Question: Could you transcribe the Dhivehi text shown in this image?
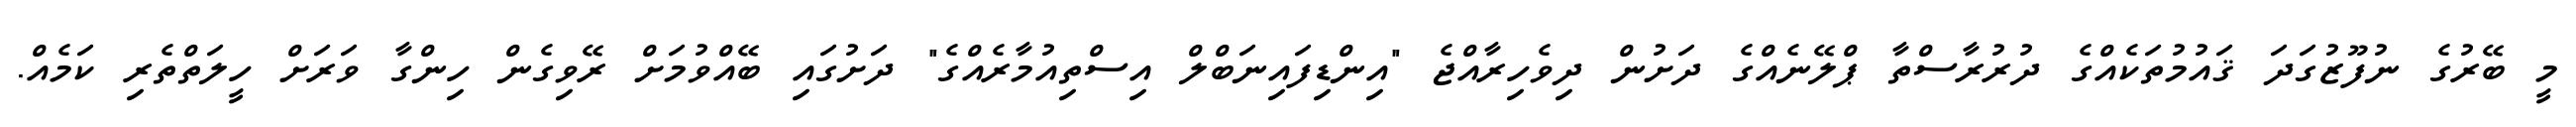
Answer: މީ ބޭރުގެ ނުފޫޒުގަދަ ޤައުމުތަކެއްގެ ދުރުރާސްތާ ޕްލޭނެއްގެ ދަށުން ދިވެހިރާއްޖެ "އިންޑިފައިނަބްލް އިސްތިއުމާރެއްގެ" ދަށުގައި ބޭއްވުމަށް ރޭވިގެން ހިންގާ ވަރަށް ހީލަތްތެރި ކަމެއް.